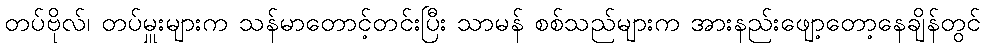
တပ်ဗိုလ်၊ တပ်မှူးများက သန်မာတောင့်တင်းပြီး သာမန် စစ်သည်များက အားနည်းဖျော့တော့နေချိန်တွင်